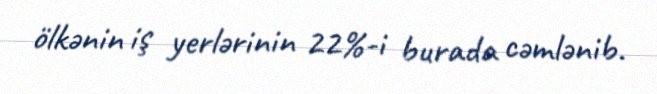
ölkənin iş yerlərinin 22%-i burada cəmlənib.